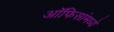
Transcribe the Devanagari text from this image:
ऑफिसांमध्ये